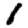
Digit: 1